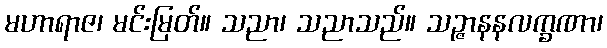
မဟာရာဇ၊ မင်းမြတ်။ သညာ၊ သညာသည်။ သဉ္ဇာနနလက္ခဏာ၊